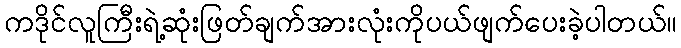
ကဒိုင်လူကြီးရဲ့ဆုံးဖြတ်ချက်အားလုံးကိုပယ်ဖျက်ပေးခဲ့ပါတယ်။